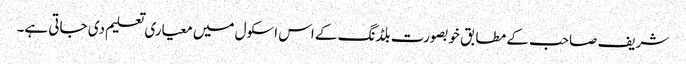
شریف صاحب کے مطابق خوبصورت بلڈنگ کے اس اسکول میں معیاری تعلیم دی جاتی ہے۔